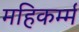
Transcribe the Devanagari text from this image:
महिकर्म्म